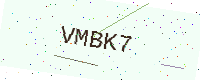
Text: VMBK7